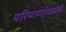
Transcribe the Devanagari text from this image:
परिमाणांमध्येही